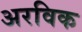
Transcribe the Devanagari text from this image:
अरविक